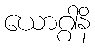
ယောဂ္ဂါနိ